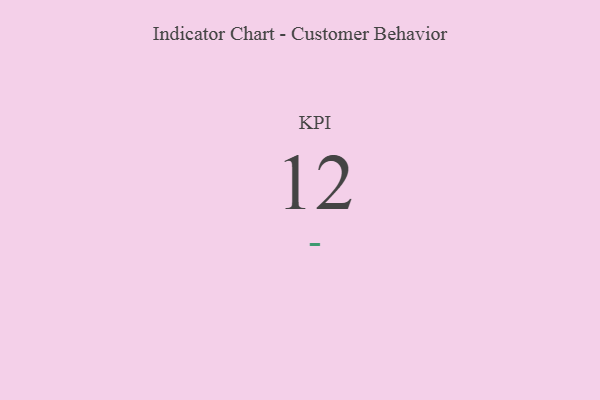
{"axis": {"x": "KPI", "y": "Value"}, "legend": [""], "data": [{"x": "KPI", "y": 12, "type": ""}]}